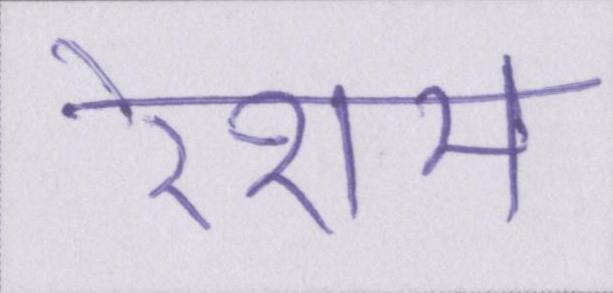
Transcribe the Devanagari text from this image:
रेशम